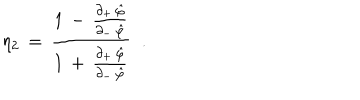
LaTeX: \eta _ { 2 } \, = \, \frac { 1 \, - \, { \frac { \partial _ { + } \, \hat { \varphi } } { \partial _ { - } \, \hat { \varphi } } } } { 1 \, + \, { \frac { \partial _ { + } \, \hat { \varphi } } { \partial _ { - } \, \hat { \varphi } } } } \; \; .